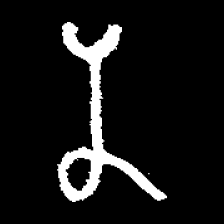
Pyu character \u2014 Myanmar letter: န (romanized: na)